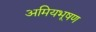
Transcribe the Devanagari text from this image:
अमियभूषण